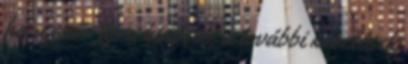
ha a szőr újra kinő, de a további kezelések